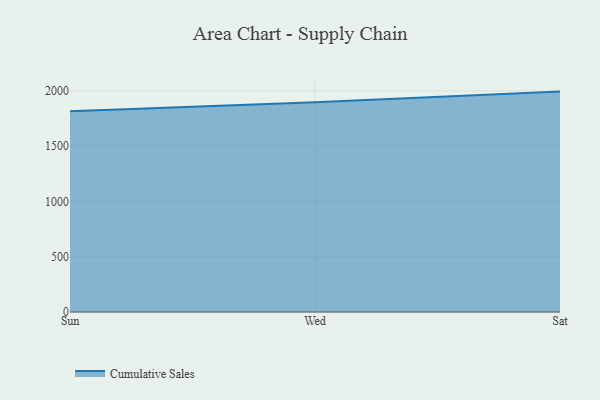
{"axis": {"x": "Day", "y": "Budget (USD K)"}, "legend": ["Cumulative Sales"], "data": [{"x": "Sun", "y": 1815.0, "type": "Cumulative Sales"}, {"x": "Wed", "y": 1897.9, "type": "Cumulative Sales"}, {"x": "Sat", "y": 1993.7, "type": "Cumulative Sales"}]}